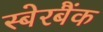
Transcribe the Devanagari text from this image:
स्बेरबैंक